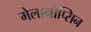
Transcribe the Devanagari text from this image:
मेलानोप्सिन